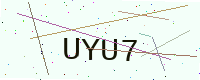
Text: UYU7